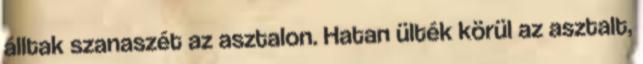
álltak szanaszét az asztalon. Hatan ülték körül az asztalt,